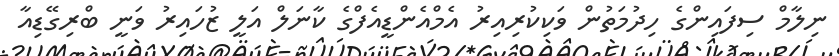
ނިލާމް ސިފައިންގެ ހިދުމަތުން ވަކިކުރިއިރު އެމްއެންޑީއެފްގެ ކާނަލް އަލީ ޒުހައިރު ވަނީ ބްރިގޭޑިއާ